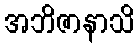
အဘိဇာနာသိ